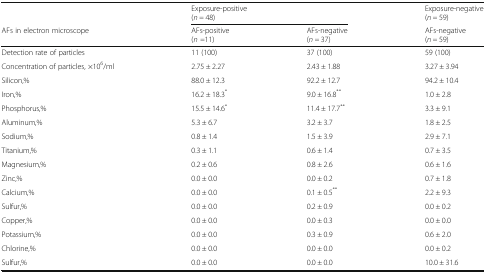
<table><thead><tr><td></td><td colspan="2"><b>Exposure-positive(<i>n =</i> 48)</b></td><td><b>Exposure-negative(<i>n =</i> 59)</b></td></tr><tr><td><b>AFs in electron microscope</b></td><td><b>AFs-positive(<i>n =</i>11)</b></td><td><b>AFs-negative(<i>n =</i> 37)</b></td><td><b>AFs-negative(<i>n =</i> 59)</b></td></tr></thead><tbody><tr><td>Detection rate of particles</td><td>11 (100)</td><td>37 (100)</td><td>59 (100)</td></tr><tr><td>Concentration of particles, ×10<sup>6</sup>/ml</td><td>2.75 ± 2.27</td><td>2.43 ± 1.88</td><td>3.27 ± 3.94</td></tr><tr><td>Silicon,%</td><td>88.0 ± 12.3</td><td>92.2 ± 12.7</td><td>94.2 ± 10.4</td></tr><tr><td>Iron,%</td><td>16.2 ± 18.3<sup>*</sup></td><td>9.0 ± 16.8<sup>**</sup></td><td>1.0 ± 2.8</td></tr><tr><td>Phosphorus,%</td><td>15.5 ± 14.6<sup>*</sup></td><td>11.4 ± 17.7<sup>**</sup></td><td>3.3 ± 9.1</td></tr><tr><td>Aluminum,%</td><td>5.3 ± 6.7</td><td>3.2 ± 3.7</td><td>1.8 ± 2.5</td></tr><tr><td>Sodium,%</td><td>0.8 ± 1.4</td><td>1.5 ± 3.9</td><td>2.9 ± 7.1</td></tr><tr><td>Titanium,%</td><td>0.3 ± 1.1</td><td>0.6 ± 1.4</td><td>0.7 ± 3.5</td></tr><tr><td>Magnesium,%</td><td>0.2 ± 0.6</td><td>0.8 ± 2.6</td><td>0.6 ± 1.6</td></tr><tr><td>Zinc,%</td><td>0.0 ± 0.0</td><td>0.0 ± 0.2</td><td>0.7 ± 1.8</td></tr><tr><td>Calcium,%</td><td>0.0 ± 0.0</td><td>0.1 ± 0.5<sup>**</sup></td><td>2.2 ± 9.3</td></tr><tr><td>Sulfur,%</td><td>0.0 ± 0.0</td><td>0.2 ± 0.9</td><td>0.0 ± 0.2</td></tr><tr><td>Copper,%</td><td>0.0 ± 0.0</td><td>0.0 ± 0.3</td><td>0.0 ± 0.0</td></tr><tr><td>Potassium,%</td><td>0.0 ± 0.0</td><td>0.3 ± 0.9</td><td>0.6 ± 2.0</td></tr><tr><td>Chlorine,%</td><td>0.0 ± 0.0</td><td>0.0 ± 0.0</td><td>0.0 ± 0.2</td></tr><tr><td>Sulfur,%</td><td>0.0 ± 0.0</td><td>0.0 ± 0.0</td><td>10.0 ± 31.6</td></tr></tbody></table>